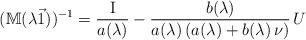
LaTeX: \begin{align*}(\mathbb{M}(\lambda \vec{1}))^{-1}=\frac{\mathrm{I}}{a(\lambda)}-\frac{b(\lambda)}{a(\lambda)\,(a(\lambda)+b(\lambda)\,\nu)}\, U\end{align*}